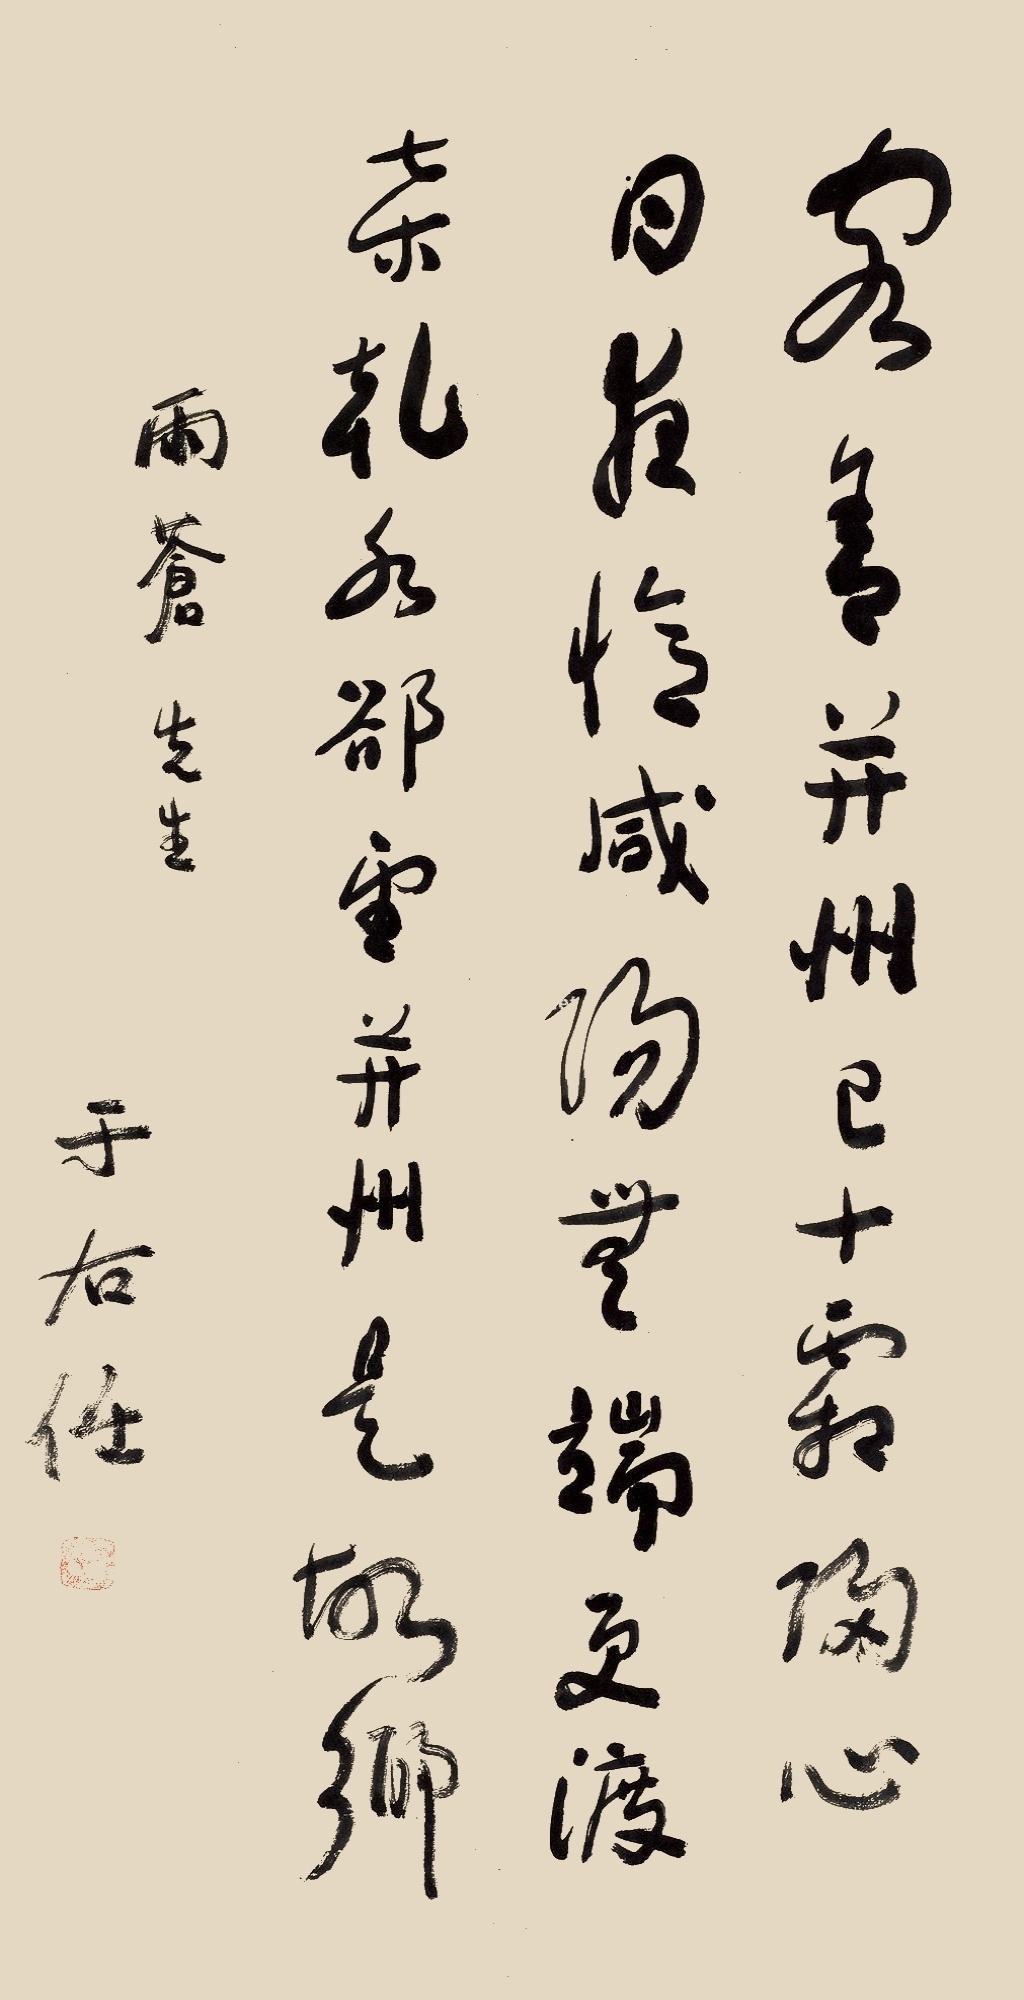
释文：客舍并州已十霜,归心日夜忆咸阳。无端更渡桑干水,却望并州是故乡。雨苍先生，于右任